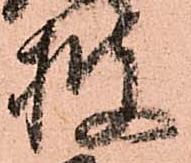
披